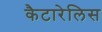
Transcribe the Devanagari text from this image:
कैटारेलिस